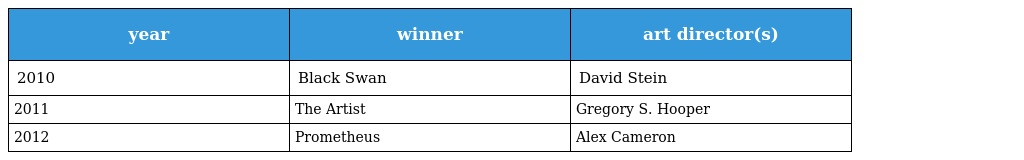
| year | winner | art director(s) |
 | --- | --- | --- |
 | 2010 | Black Swan | David Stein |
 | 2011 | The Artist | Gregory S. Hooper |
 | 2012 | Prometheus | Alex Cameron |